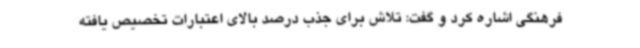
فرهنگی اشاره کرد و گفت: تلاش برای جذب درصد بالای اعتبارات تخصیص یافته